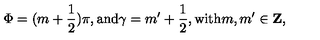
\Phi = ( m + \frac { 1 } { 2 } ) \pi , \mathrm { a n d } \gamma = m ^ { \prime } + \frac { 1 } { 2 } , \mathrm { w i t h } m , m ^ { \prime } \in \mathrm { { \bf Z } } ,